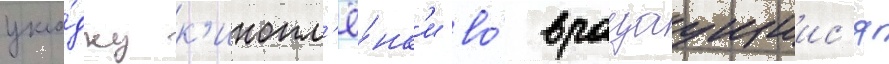
укла́дку к'инопл'ё́нк'и во́ вращаущиис'я